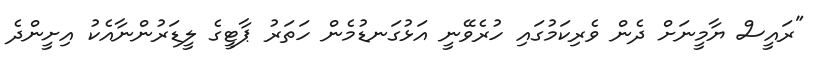
"ރައީސް ޔާމީނަށް ދެން ވެރިކަމުގައި ހުރެވޭނީ އަޅުގަނޑުމެން ހަތަރު ޕާޓީގެ ލީޑަރުންނާއެކު އިށީންދެ